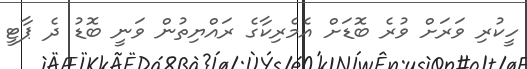
ހީކުރި ވަރަށް ވުރެ ބޮޑަށް އެމެރިކާގެ ރައްޔިތުން ވަނީ ބޮޑު ދެ ޕާޓީ